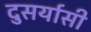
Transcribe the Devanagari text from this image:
दुसर्यासी